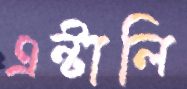
এন্টালি